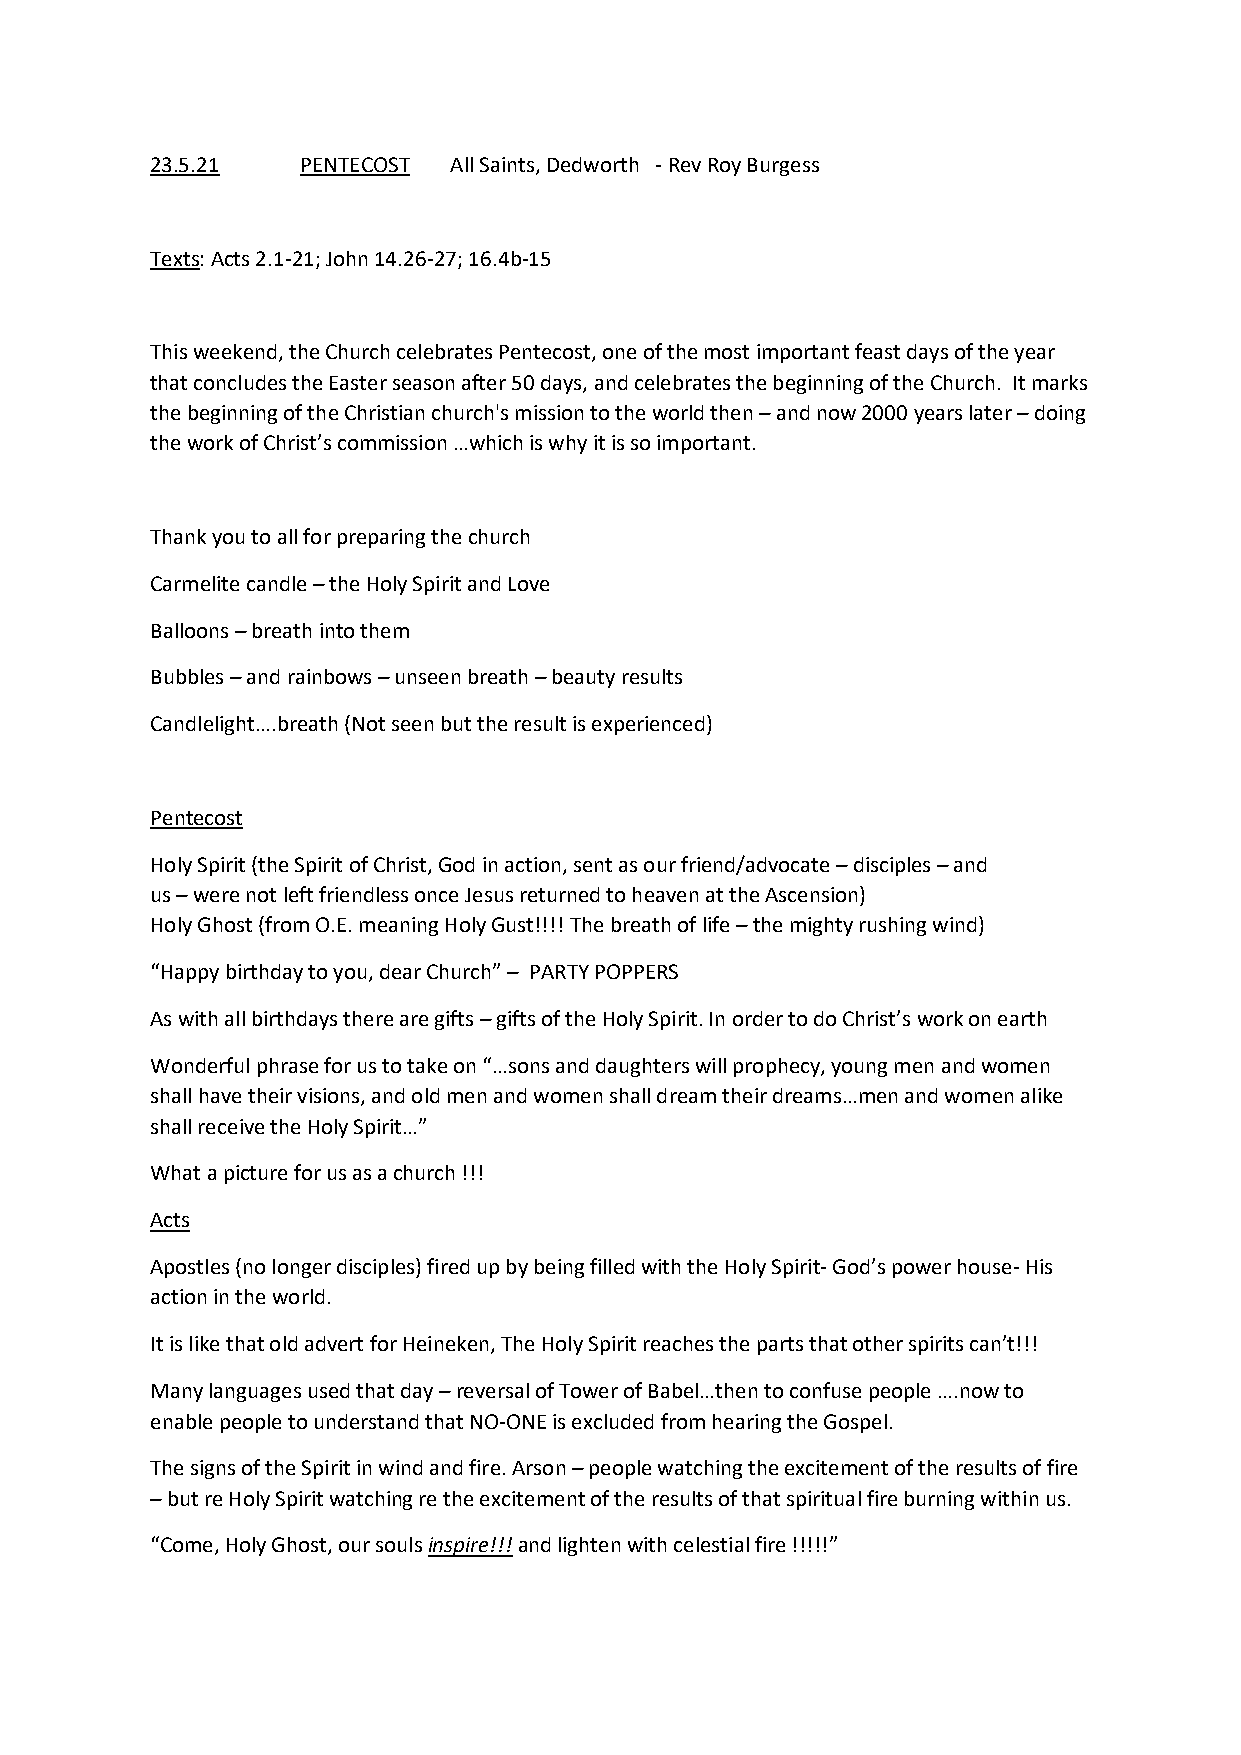
23.5.21   PENTECOST All Saints, Dedworth - Rev Roy Burgess
 Texts: Acts 2.1-21; John 14.26-27; 16.4b-15
 This weekend, the Church celebrates Pentecost, one of the most important feast days of the year
 that concludes the Easter season after 50 days, and celebrates the beginning of the Church. It marks
 the beginning of the Christian church's mission to the world then – and now 2000 years later – doing
 the work of Christ’s commission …which is why it is so important.
 Thank you to all for preparing the church
 Carmelite candle – the Holy Spirit and Love
 Balloons – breath into them
 Bubbles – and rainbows – unseen breath – beauty results
 Candlelight….breath (Not seen but the result is experienced)
 Pentecost
 Holy Spirit (the Spirit of Christ, God in action, sent as our friend/advocate – disciples – and
 us – were not left friendless once Jesus returned to heaven at the Ascension)
 Holy Ghost (from O.E. meaning Holy Gust!!!! The breath of life – the mighty rushing wind)
 “Happy birthday to you, dear Church” – PARTY POPPERS
 As with all birthdays there are gifts – gifts of the Holy Spirit. In order to do Christ’s work on earth
 Wonderful phrase for us to take on “…sons and daughters will prophecy, young men and women
 shall have their visions, and old men and women shall dream their dreams…men and women alike
 shall receive the Holy Spirit…”
 What a picture for us as a church !!!
 Acts
 Apostles (no longer disciples) fired up by being filled with the Holy Spirit- God’s power house- His
 action in the world.
 It is like that old advert for Heineken, The Holy Spirit reaches the parts that other spirits can’t!!!
 Many languages used that day – reversal of Tower of Babel…then to confuse people ….now to
 enable people to understand that NO-ONE is excluded from hearing the Gospel.
 The signs of the Spirit in wind and fire. Arson – people watching the excitement of the results of fire
 – but re Holy Spirit watching re the excitement of the results of that spiritual fire burning within us.
 “Come, Holy Ghost, our souls inspire!!! and lighten with celestial fire !!!!!”